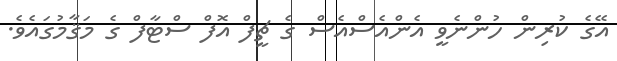
އޭގެ ކުރިން ހުންނެވީ އެންއެސްއެސް ގެ ޗީފް އޮފް ސްޓާފް ގެ މަޤާމުގައެވެ.